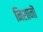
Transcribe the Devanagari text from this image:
निशानॊं